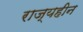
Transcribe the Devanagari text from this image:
राज्यहीन